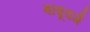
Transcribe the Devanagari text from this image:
बाबूवर्ग